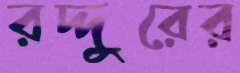
রদ্দুরের